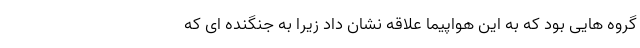
گروه هایی بود که به این هواپیما علاقه نشان داد زیرا به جنگنده ای که